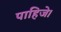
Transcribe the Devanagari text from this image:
पाहिजे।